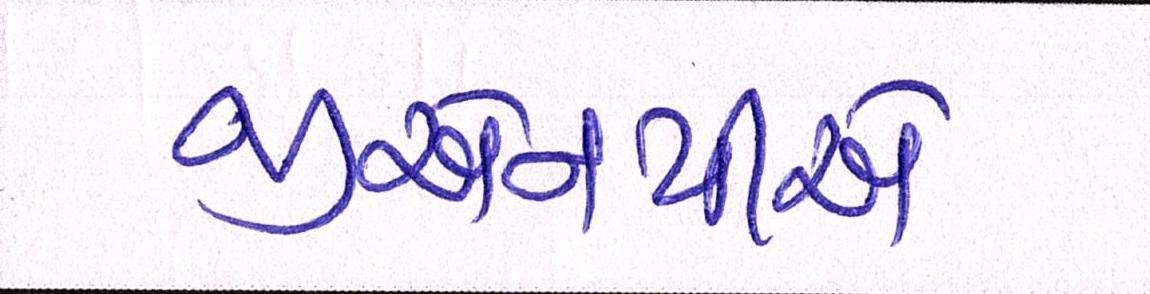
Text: જીએનપીએ